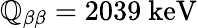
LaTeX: \mathbb{Q}_{\beta\beta}=2039\ \mathrm{{keV}}